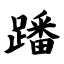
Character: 蹯